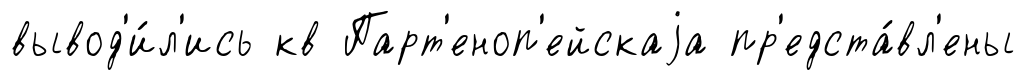
вывод'и́л'ись кв Парт'еноп'ейскаjа пр'едста́вл'ены